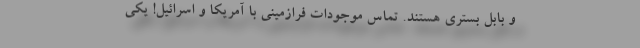
و بابل بستری هستند. تماس موجودات فرازمینی با آمریکا و اسرائیل! یکی